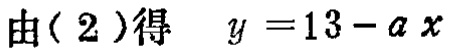
由(2)得 \(y = 13 - a x\)